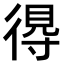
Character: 𢔶